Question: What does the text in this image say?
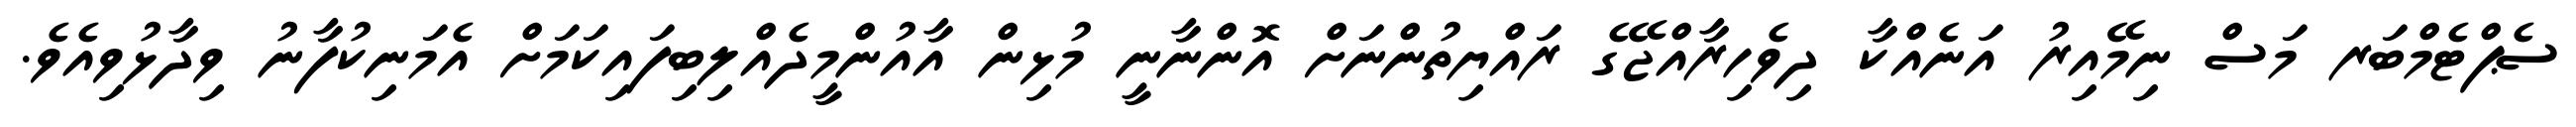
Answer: ސެޕްޓެމްބަރ މަސް ނިމޭއިރު އަނެއްކާ ދިވެހިރާއްޖޭގެ ރައްޔިތުންނަށް އޮންނާނީ މުޅިން އާއުންމީދެއްލިބިފައިކަމަށް އެމަނިކުފާނު ވިދާޅުވިއެވެ.